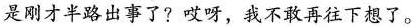
是刚才半路出事了?哎呀，我不敢再往下想了。